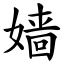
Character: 嫱